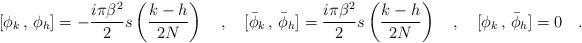
LaTeX: \begin{align*}[\phi _k \, , \, \phi _h]=-{\frac {i\pi \beta ^2}{2}} s\left (\frac {k-h}{2N}\right) \quad , \quad[\bar \phi _k \, , \, \bar \phi _h]={\frac {i\pi \beta ^2}{2}} s \left (\frac {k-h}{2N}\right) \quad , \quad [\phi _k \, , \, \bar \phi _h] =0 \quad .\end{align*}